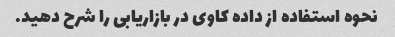
نحوه استفاده از داده کاوی در بازاریابی را شرح دهید.